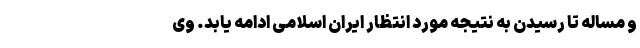
و مساله تا رسیدن به نتیجه‌ مورد انتظار ایران اسلامی ادامه یابد. وی